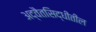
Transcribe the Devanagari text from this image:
अद्वैतसिद्धीतील